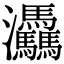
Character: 𤆀